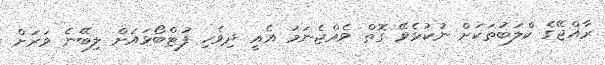
ރާއްޖޭގެ ކްލަބުތަކަށް ނުކުޅެވޭ ގޮތް ވެއްޖެނަމަ އެއީ ދިވެހި ފުޓްބޯޅައަށް ލިބޭނެ ވަރަށް